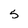
Character: 5